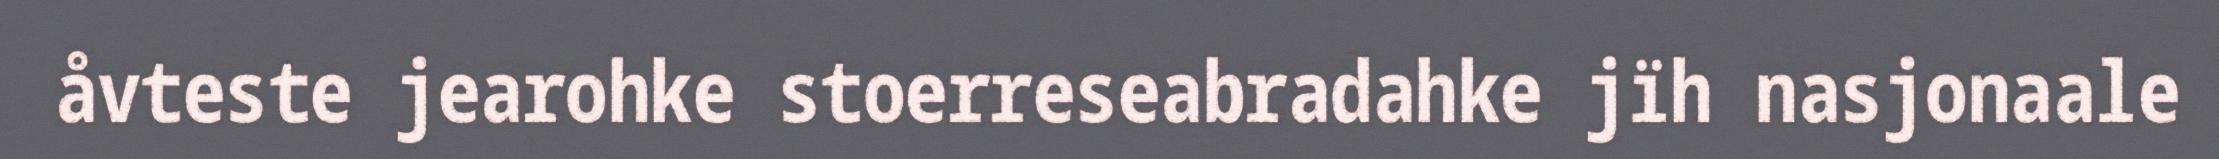
åvteste jearohke stoerreseabradahke jïh nasjonaale